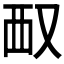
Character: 𪠧